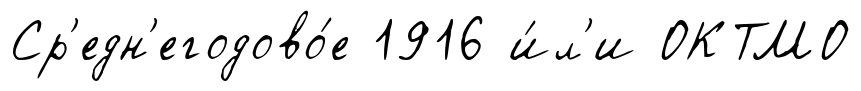
Ср'едн'егодово́е 1916 и́л'и ОКТМО